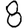
Digit: 8